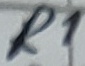
Text: R1